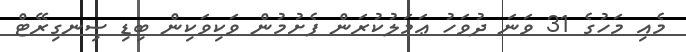
މެއި މަހުގެ 31 ވަނަ ދުވަހު ޢަމަލުކުރަން ފެށުމުން ވަކިވަކިން ބިޑި ސިނގިރޭޓް